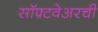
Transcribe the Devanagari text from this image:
सॉफ़्टवेअरची